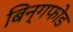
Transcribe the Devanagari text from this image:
बिन्गफोड